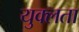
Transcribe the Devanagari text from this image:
युक्लता